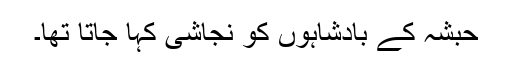
حبشہ کے بادشاہوں کو نجاشی کہا جاتا تھا۔